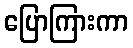
ပြောကြားကာ